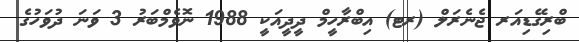
ބްރިގޭޑިއަރ ޖެނެރަލް (ރޓ) އިބްރާހީމް ދީދީއަކީ 1988 ނޮވެމްބަރު 3 ވަނަ ދުވަހުގެ